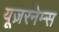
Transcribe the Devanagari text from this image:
यूज़रनेम्स